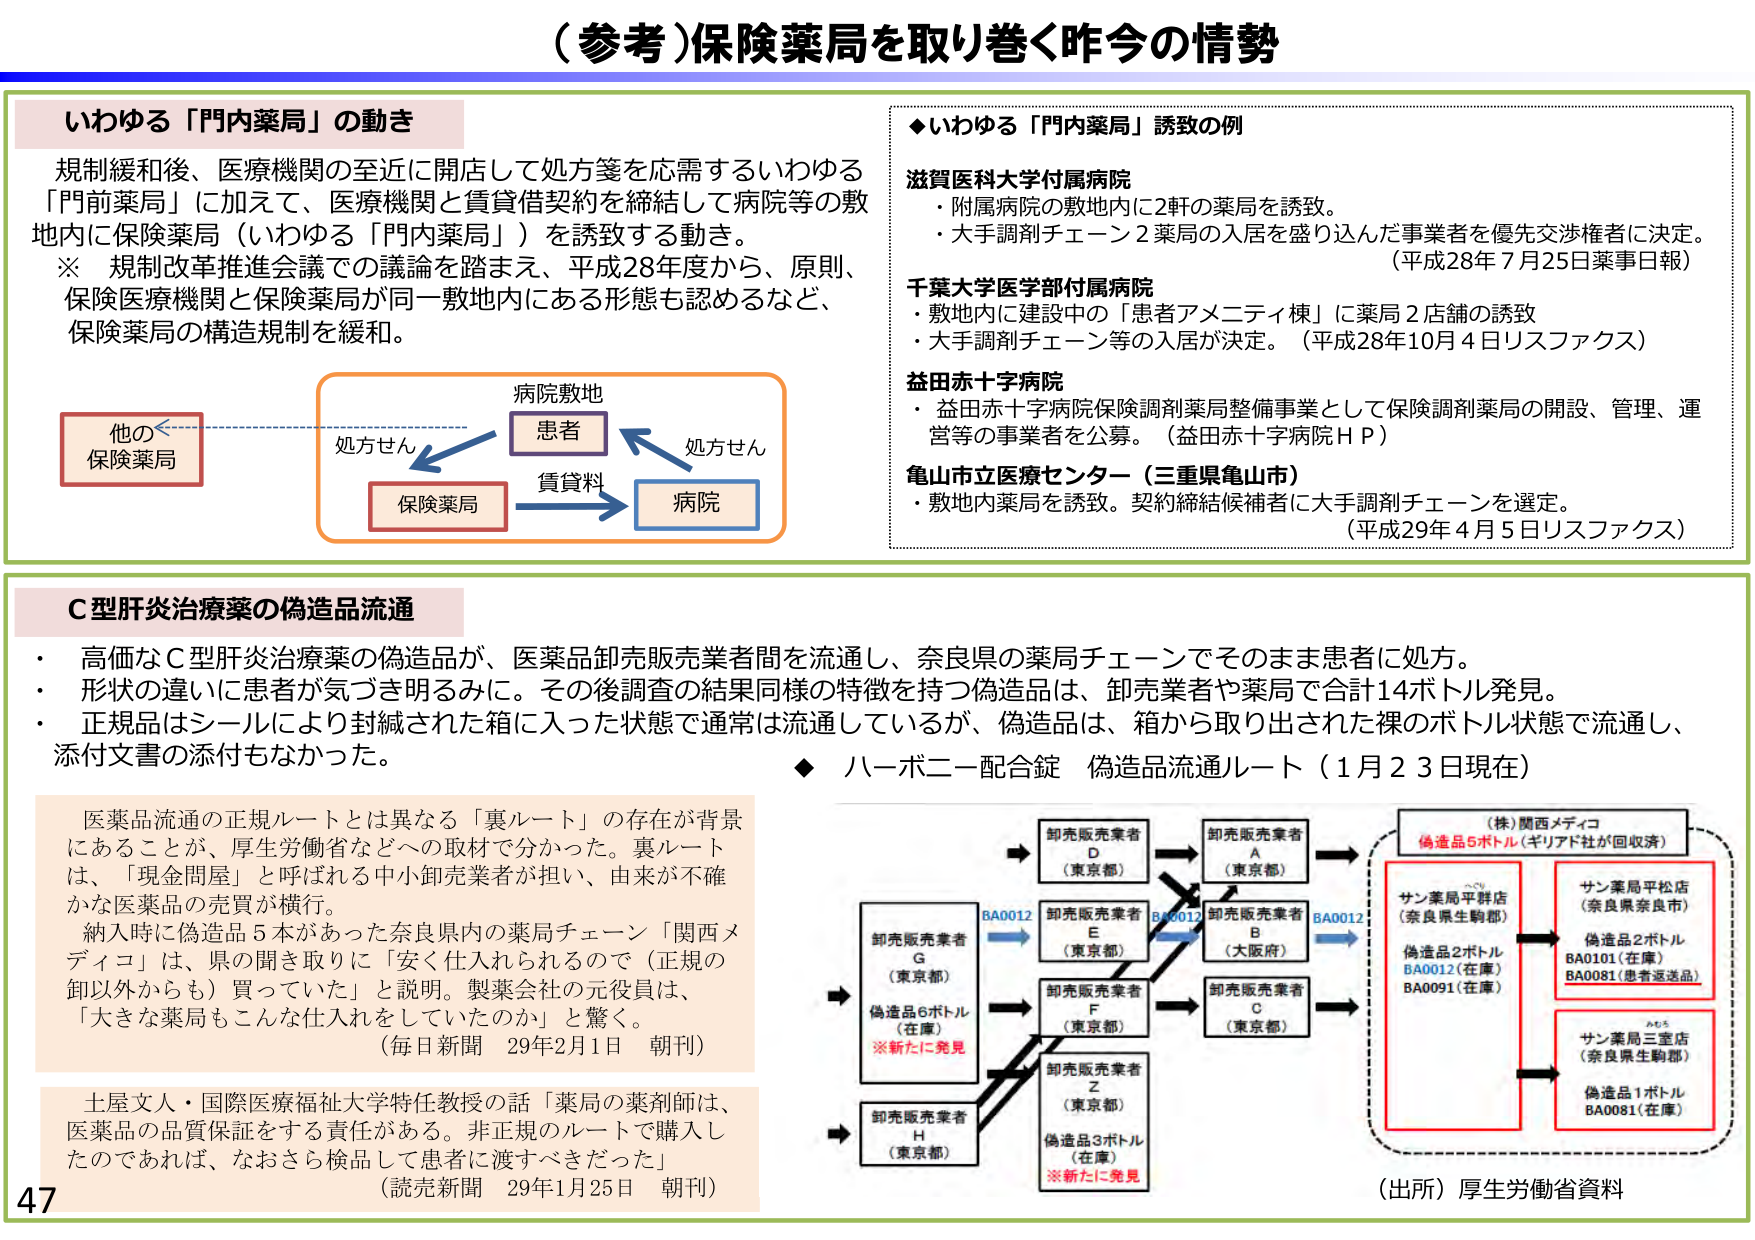
（参考）保険薬局を取り巻く昨今の情勢

いわゆる「門内薬局」の動き
規制緩和後、医療機関の至近に開店して処方箋を応需するいわゆる「門前薬局」に加えて、医療機関と賃貸借契約を締結して病院等の敷地内に保険薬局（いわゆる「門内薬局」）を誘致する動き。
※ 規制改革推進会議での議論を踏まえ、平成28年度から、原則、保険医療機関と保険薬局が同一敷地内にある形態も認めるなど、保険薬局の構造規制を緩和。

他の
保険薬局
処方せん
病院敷地
患者
処方せん
保険薬局
賃貸料
病院

◆いわゆる「門内薬局」誘致の例
滋賀医科大学付属病院
・附属病院の敷地内に2軒の薬局を誘致。
・大手調剤チェーン2薬局の入居を盛り込んだ事業者を優先交渉権者に決定。
（平成28年7月25日薬事日報）

千葉大学医学部付属病院
・敷地内に建設中の「患者アメニティ棟」に薬局2店舗の誘致
・大手調剤チェーン等の入居が決定。（平成28年10月4日リスファクス）

益田赤十字病院
・益田赤十字病院保険調剤薬局整備事業として保険調剤薬局の開設、管理、運営等の事業者を公募。（益田赤十字病院ＨＰ）

亀山市立医療センター（三重県亀山市）
・敷地内薬局を誘致。契約締結候補者に大手調剤チェーンを選定。
（平成29年4月5日リスファクス）

Ｃ型肝炎治療薬の偽造品流通
・ 高価なＣ型肝炎治療薬の偽造品が、医薬品卸売販売業者間を流通し、奈良県の薬局チェーンでそのまま患者に処方。
・ 形状の違いに患者が気づき明るみに。その後調査の結果同様の特徴を持つ偽造品は、卸売業者や薬局で合計14ボトル発見。
・ 正規品はシールにより封緘された箱に入った状態で通常は流通しているが、偽造品は、箱から取り出された裸のボトル状態で流通し、添付文書の添付もなかった。

医薬品流通の正規ルートとは異なる「裏ルート」の存在が背景にあることが、厚生労働省などへの取材で分かった。裏ルートは、「現金問屋」と呼ばれる中小卸売業者が担い、由来が不確かな医薬品の売買が横行。
納入時に偽造品5本があった奈良県内の薬局チェーン「関西メディコ」は、県の聞き取りに「安く仕入れられるので（正規の卸以外からも）買っていた」と説明。製薬会社の元役員は、「大きな薬局もこんな仕入れをしていたのか」と驚く。
（毎日新聞 29年2月1日 朝刊）

土屋文人・国際医療福祉大学特任教授の話「薬局の薬剤師は、医薬品の品質保証をする責任がある。非正規のルートで購入したのであれば、なおさら検品して患者に渡すべきだった」
（読売新聞 29年1月25日 朝刊）

◆ ハーボニー配合錠 偽造品流通ルート（1月23日現在）
卸売販売業者 D （東京都）
卸売販売業者 A （東京都）
卸売販売業者 E （東京都）
BA0012
卸売販売業者 B （大阪府）
BA0012
卸売販売業者 F （東京都）
卸売販売業者 C （東京都）
卸売販売業者 Z （東京都）
偽造品3ボトル（在庫）
※新たに発見
卸売販売業者 G （東京都）
偽造品6ボトル（在庫）
※新たに発見
卸売販売業者 H （東京都）
（株）関西メディコ
偽造品5ボトル（ギリヤド社が回収済）
サン薬局平群店 （奈良県生駒郡）
偽造品2ボトル
BA0101（在庫）
BA0081（患者返送品）
サン薬局平松店 （奈良県奈良市）
偽造品2ボトル
BA0101（在庫）
BA0081（患者返送品）
サン薬局三宝店 （奈良県生駒郡）
偽造品1ボトル
BA0081（在庫）

（出所）厚生労働省資料

47